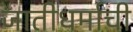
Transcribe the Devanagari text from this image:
जातीधर्माची